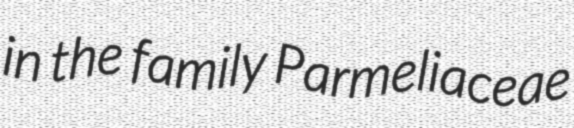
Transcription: in the family Parmeliaceae